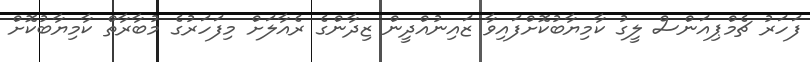
ފަހަރު ޗެމްޕިއަންސް ލީގު ކާމިޔާބުކޮށްފައިވާ ޒައިނުއްދީން ޒިދާންގެ ރެއާލަށް މިފަހަރުގެ މުބާރާތް ކާމިޔާބުކޮށް